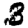
Digit: 3